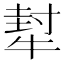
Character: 犎